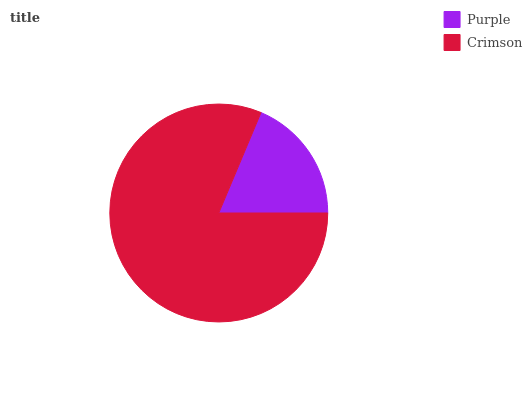
| Purple | Crimson |
 | --- | --- |
 | 18.6% | 81.4% |